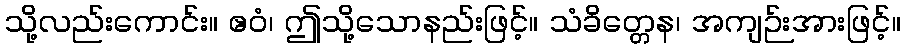
သို့လည်းကောင်း။ ဧဝံ၊ ဤသို့သောနည်းဖြင့်။ သံခိတ္တေန၊ အကျဉ်းအားဖြင့်။